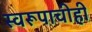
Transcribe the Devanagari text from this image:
स्वरूपाचीही